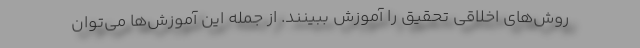
روش‌های اخلاقی تحقیق را آموزش ببینند. از جمله این آموزش‌ها می‌توان